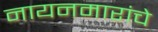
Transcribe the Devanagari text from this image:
नायनमारांचे